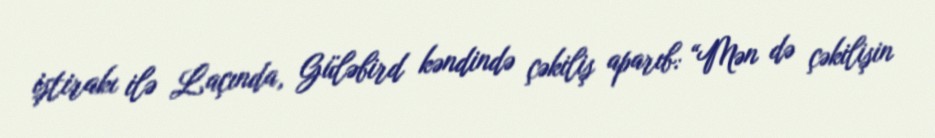
iştirakı ilə Laçında, Güləbird kəndində çəkiliş aparıb: “Mən də çəkilişin